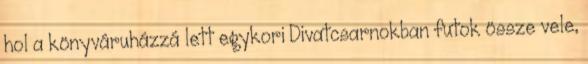
hol a könyváruházzá lett egykori Divatcsarnokban futok össze vele,